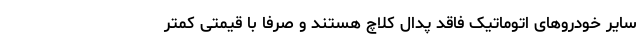
سایر خودروهای اتوماتیک فاقد پدال کلاچ هستند و صرفاً با قیمتی کمتر